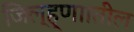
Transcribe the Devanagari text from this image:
जिल्ह्णाातील